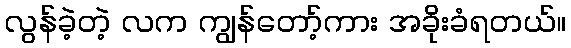
လွန်ခဲ့တဲ့ လက ကျွန်တော့်ကား အခိုးခံရတယ်။